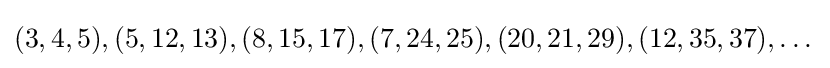
(3,4,5),(5,12,13),(8,15,17),(7,24,25),(20,21,29),(12,35,37),\dots